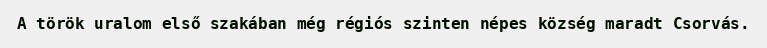
A török uralom első szakában még régiós szinten népes község maradt Csorvás.